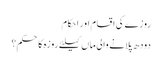
روزے کی اقسام اور احکام
دودھ پلانے والی ماں کیلئے روزہ کا حکم؟